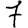
Digit: 7